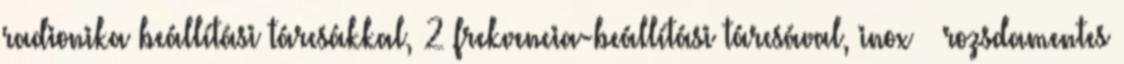
radionika beállítási tárcsákkal, 2 frekvencia-beállítási tárcsával, inox rozsdamentes